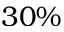
3 0 \%